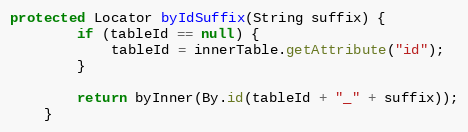
Language: Java
protected Locator byIdSuffix(String suffix) {
        if (tableId == null) {
            tableId = innerTable.getAttribute("id");
        }

        return byInner(By.id(tableId + "_" + suffix));
    }